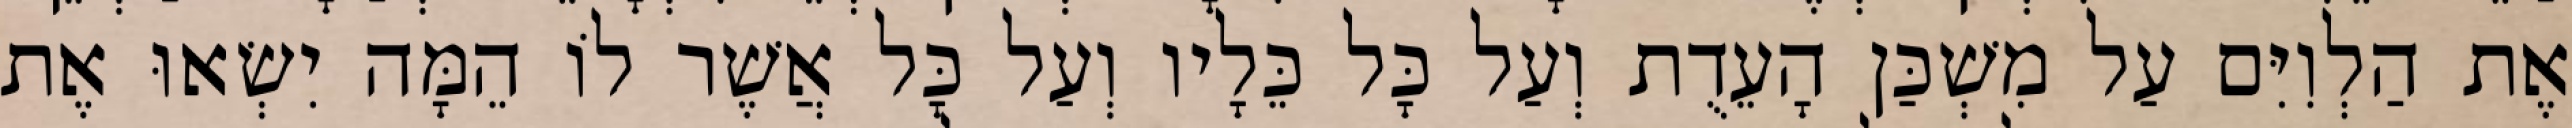
אֶת הַלְוִיִּם עַל מִשְׁכַּן הָעֵדֻת וְעַל כָּל כֵּלָיו וְעַל כָּל אֲשֶׁר לוֹ הֵמָּה יִשְׂאוּ אֶת